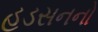
હડસનનો